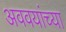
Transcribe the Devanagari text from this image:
अववयांच्या